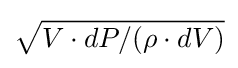
{\sqrt {V\cdot dP/(\rho \cdot dV)}}